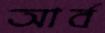
আর্ব